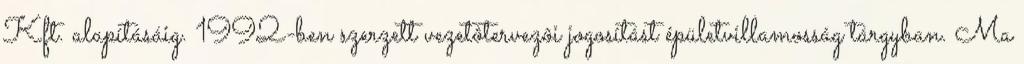
Kft. alapításáig. 1992-ben szerzett vezetôtervezôi jogosítást épületvillamosság tárgyban. Ma